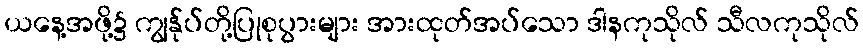
ယနေ့အဖို့၌ ကျွန်ုပ်တို့ပြုစုပွားများ အားထုတ်အပ်သော ဒါနကုသိုလ် သီလကုသိုလ်